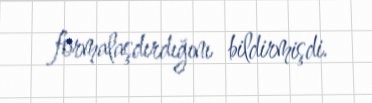
formalaşdırdığını bildirmişdi.